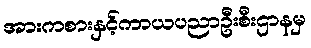
အားကစားနှင့်ကာယပညာဦးစီးဌာနမှ